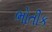
ભોતીક